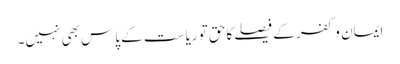
ایمان و کفر کے فیصلے کاحق تو ریاست کے پاس بھی نہیں۔